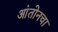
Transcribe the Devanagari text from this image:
आंतोनचा